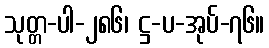
သုတ္တ-ပါ-၂၈၆၊ ဋ္ဌ-ပ-အုပ်-၇၆။